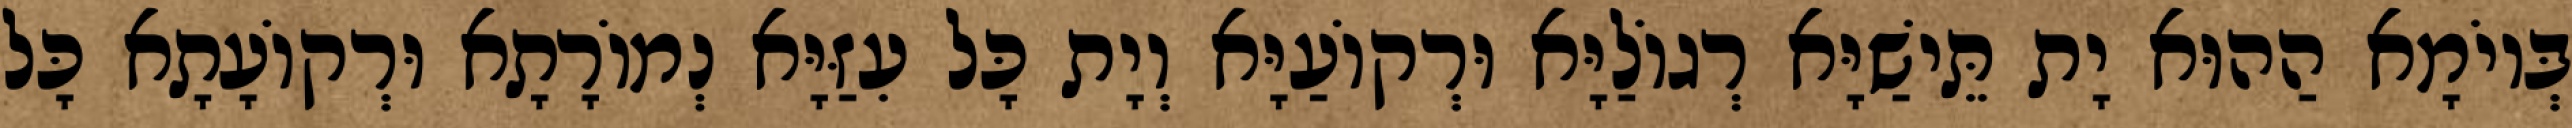
בְּיוֹמָא הַהוּא יָת תֵּישַׁיָּא רְגוֹלַיָּא וּרְקוֹעַיָּא וְיָת כָּל עִזַּיָּא נְמוֹרָתָא וּרְקוֹעָתָא כָּל